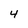
Character: 4